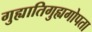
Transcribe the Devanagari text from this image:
गुह्यातिगुह्यगोपता